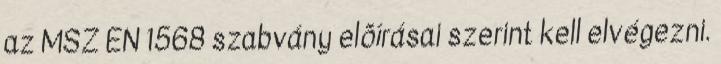
az MSZ EN 1568 szabvány elõírásai szerint kell elvégezni.